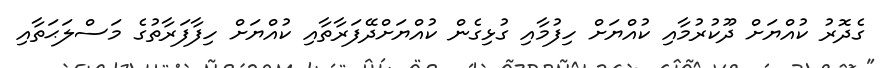
ގެދޮރު ކުއްޔަށް ދޫކުރުމާއި ކުއްޔަށް ހިފުމާއި ގުޅިގެން ކުއްޔަށްދޭފަރާތާއި ކުއްޔަށް ހިފާފަރާތުގެ މަސްލަޙަތާއި